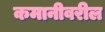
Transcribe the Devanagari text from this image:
कमानीवरील